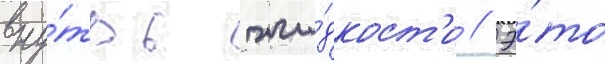
вну́трь жи́дкост'и // Э́то